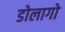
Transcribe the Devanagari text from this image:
डोलागो